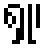
ရှု၊